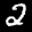
Label: 2